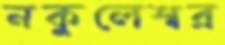
নকুলেশ্বর